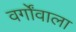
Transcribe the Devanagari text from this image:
वर्गोंवाला